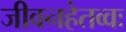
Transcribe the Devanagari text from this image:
जीवनहेतव्वः